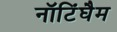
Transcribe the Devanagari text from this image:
नॉटिंघैम